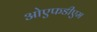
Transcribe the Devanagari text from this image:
ओएफडीएम